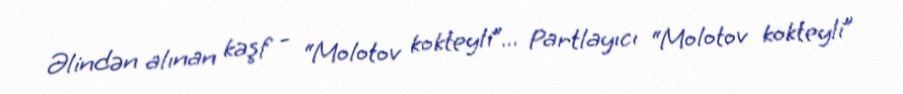
Əlindən alınan kəşf - “Molotov kokteyli”... Partlayıcı “Molotov kokteyli”